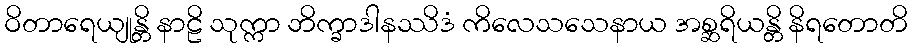
ဝိတာရေယျုန္တိ နာဠိ သုက္ကာ ဘိက္ခာဒါနဿိဒံ ကိလေသသေနာယ အစ္ဆရိယန္တိ နိရတောတိ